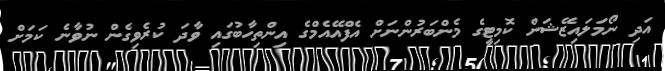
އަދި ނޯމަލައިޒޭޝަން ކޮމިޓީގެ މެންބަރުންނަށް އެފްއޭއެމްގެ އިންތިހާބުގައި ވާދަ ކުރެވިގެން ނުވާނެ ކަމަށް